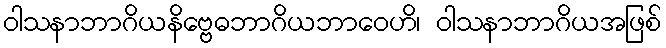
ဝါသနာဘာဂိယနိဗ္ဗေဓဘာဂိယဘာဝေဟိ၊ ဝါသနာဘာဂိယအဖြစ်